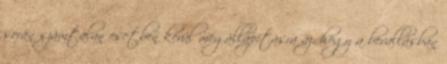
során számtalan esetben kerül megállapításra az, hogy a bevallásban